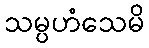
သမ္ပဟံသေမိ